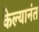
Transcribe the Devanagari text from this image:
केल्यानंत